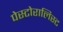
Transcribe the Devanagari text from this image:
पेस्टोरालिस्ट